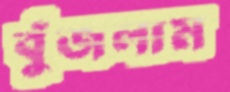
বুঁজলাম